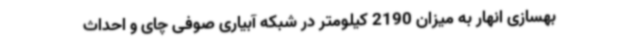
بهسازی انهار به میزان 2190 کیلومتر در شبکه آبیاری صوفی چای و احداث